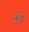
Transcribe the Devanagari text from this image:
नुइ